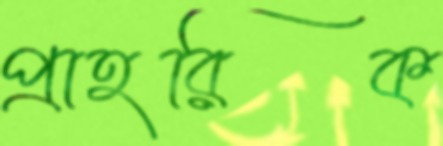
প্রাহরিক